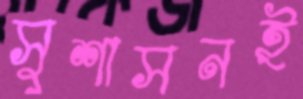
সুশাসনই